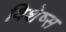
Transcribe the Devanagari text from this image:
विशेष्स